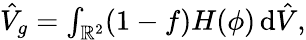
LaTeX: \begin{array}{r}{\hat{V}_{g}=\int_{\mathbb{R}^{2}}(1-f)H(\phi)\, \textrm{d}\hat{V},}\end{array}